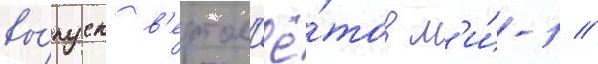
вы́пуск в'ертол'ё́тов м'и́-1 //